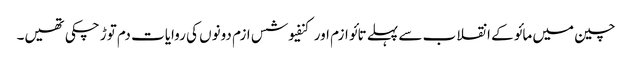
چین میں مائو کے انقلاب سے پہلے تائو ازم اور کنفیوشس ازم دونوں کی روایات دم توڑ چکی تھیں۔